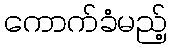
ကောက်ခံမည့်